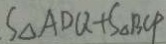
S _ { \Delta } A D Q + S _ { \Delta } B C P